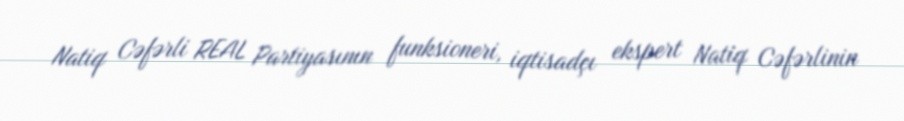
Natiq Cəfərli REAL Partiyasının funksioneri, iqtisadçı ekspert Natiq Cəfərlinin